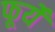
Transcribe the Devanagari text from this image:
फूर्यें